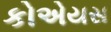
કોએયસ